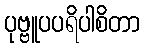
ပုဗ္ဗူပပရိပါစိတာ